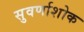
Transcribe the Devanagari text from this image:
सुवर्णाशोक